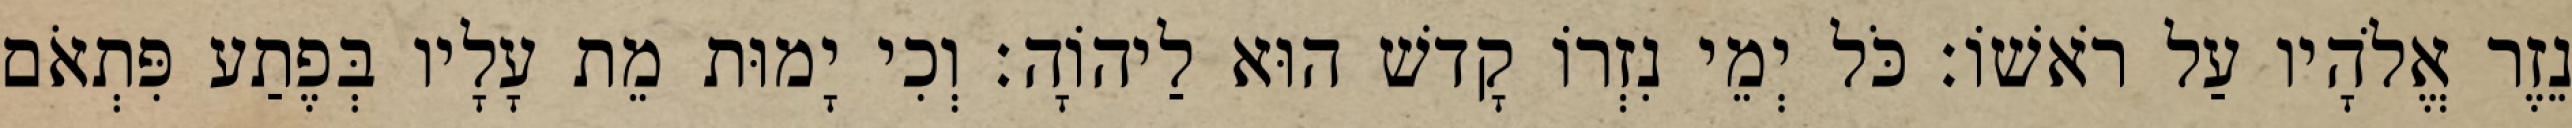
נֵזֶר אֱלֹהָיו עַל רֹאשׁוֹ׃ כֹּל יְמֵי נִזְרוֹ קָדשׁ הוּא לַיהוָֹה׃ וְכִי יָמוּת מֵת עָלָיו בְּפֶתַע פִּתְאֹם